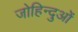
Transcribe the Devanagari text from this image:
जोहिन्दुओं